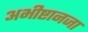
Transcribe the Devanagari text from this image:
अभीष्टानजा